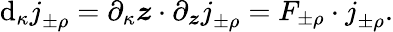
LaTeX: \mathrm{d}_{\kappa}j_{\pm\rho}^{\mathrm{~\, ~}}=\partial_{\kappa}\boldsymbol{z}\cdot\partial_{\boldsymbol{z}}j_{\pm\rho}^{\mathrm{~\, ~}}=F_{\pm\rho}\cdot j_{\pm\rho}^{\mathrm{~\, ~}}.